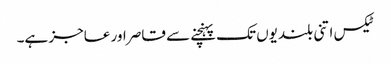
ٹیکس اتنی بلندیوں تک پہنچنے سے قاصر اور عاجز ہے۔